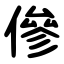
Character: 傪